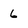
Character: 6